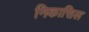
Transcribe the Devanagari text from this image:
निकासिल